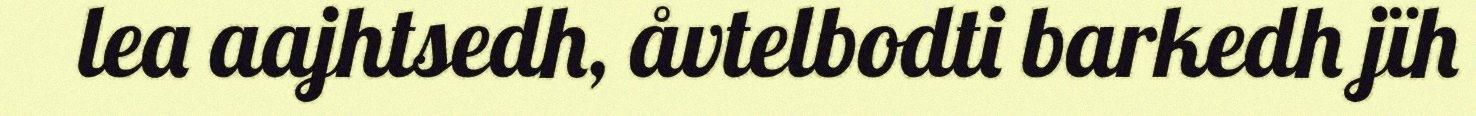
lea aajhtsedh, åvtelbodti barkedh jïh